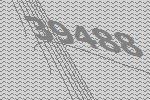
39488